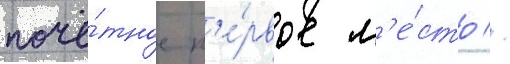
почё́тное п'е́рвое м'е́сто //